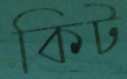
কিট